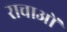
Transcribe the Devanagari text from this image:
राचाओं